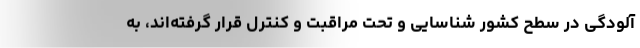
آلودگی در سطح کشور شناسایی و تحت مراقبت و کنترل قرار گرفته‌اند، به